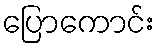
ပြောကောင်း